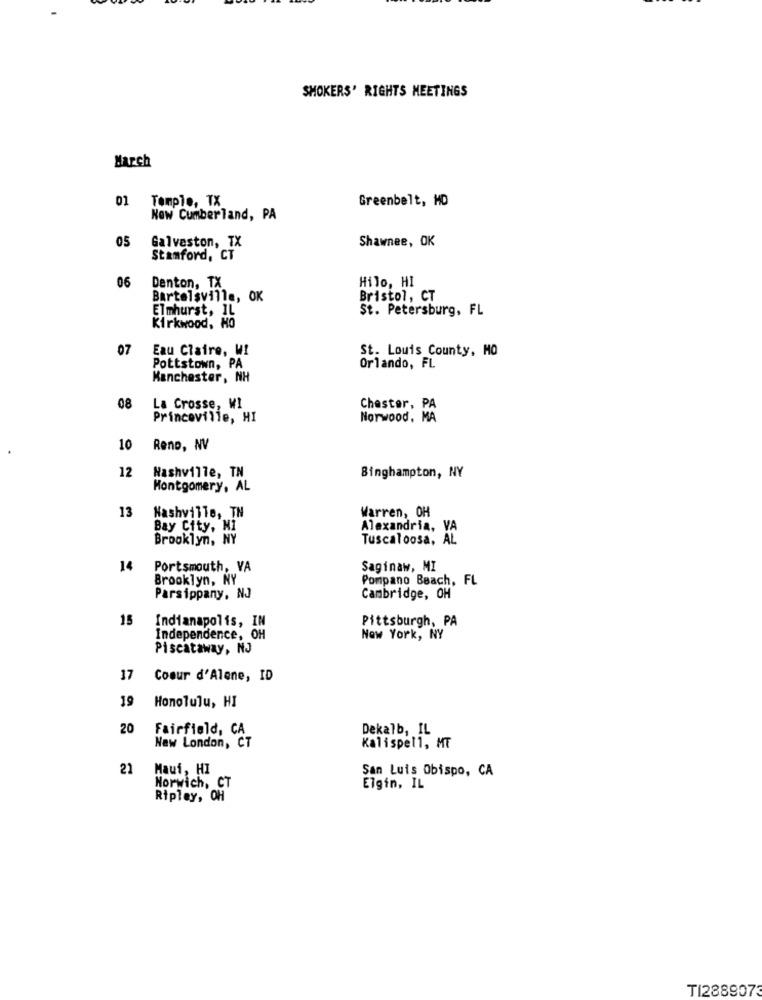
SMOKERS' RIGHTS MEETINGS
March
01 Temple, TX
Greenbelt, MD
New Cumberland, PA
Shawnee, OK
05
Galveston, TX
Stamford, CT
Hilo, HI
06
Denton, TX
Bartelsville, OK
Bristol, CT
Elmhurst, IL
St. Petersburg, FL
Kirkwood, HO
07
Eau Claire, WI
St. Louis County, MO
Pottstown, PA
Orlando, FL
Manchester, NH
08
La Crosse, WI
Chester, PA
Princeville, HI
Norwood, MA
10
Reno, NV
12
Nashville, TN
Binghampton, NY
Montgomery, AL
13
Nashville, TN
Warren, OH
Bay City, MI
Alexandria, VA
Brooklyn, NY
Tuscaloosa, AL
14
Portsmouth, VA
Saginaw, MI
Brooklyn, NY
Pompano Beach, FL
Parsippany, NJ
Cambridge, OH
15
Pittsburgh, PA
Indianapolis, IN
Independence, OH
New York, NY
Piscataway, NJ
17
Coeur d'Alene, ID
19 Honolulu, HI
20
Fairfield, CA
Dekalb, IL
New London, CT
Kalispell, MT
21
Maui, HI
San Luis Obispo, CA
Norwich, CT
Elgin, IL
Ripley, OH
TI288907